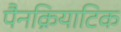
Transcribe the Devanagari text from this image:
पैनक्रियाटिक